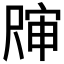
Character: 𰎀